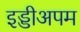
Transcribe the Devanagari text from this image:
इड्डीअपम